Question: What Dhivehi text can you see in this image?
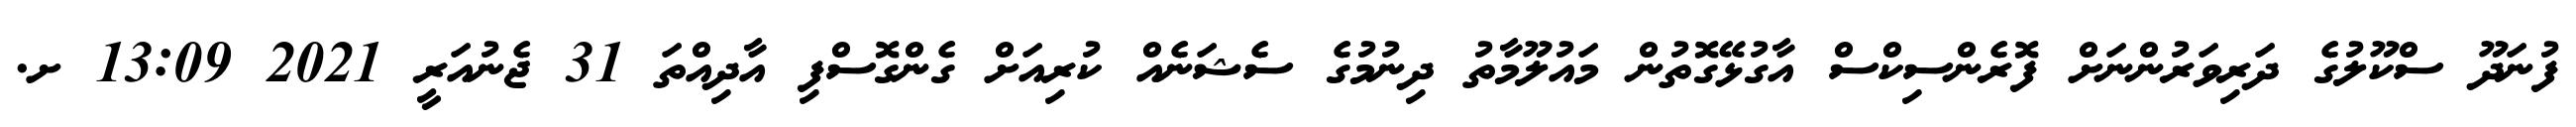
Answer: ފުނަދޫ ސްކޫލުގެ ދަރިވަރުންނަށް ފޮރެންސިކްސް އާގުޅޭގޮތުން މައުލޫމާތު ދިނުމުގެ ސެޝަނެއް ކުރިއަށް ގެންގޮސްފި އާދިއްތަ 31 ޖެނުއަރީ 2021 13:09 ށ.